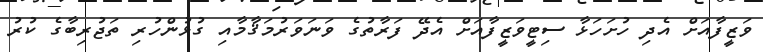
ވަޒީފާއަށް އެދި ހުށަހަޅާ ސިޓީވަޒީފާއަށް އެދޭ ފަރާތުގެ ވަނަވަރުމަޤާމާއި ގުޅުންހުރި ތަޖުރިބާގެ ކުރު